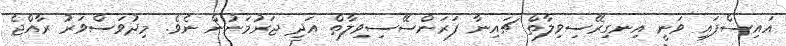
އައިސްފައި ވަނީ އިނގިރޭސިވިލާތް ޗައިނާ ފަރަންސޭސިވިލާތް އަދި ޖަރުމަނުން ނެވެ. މިދުވަސްވަރު ރާއްޖެ